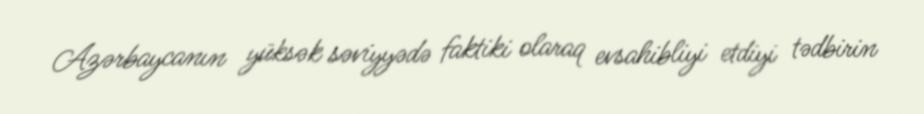
Azərbaycanın yüksək səviyyədə faktiki olaraq evsahibliyi etdiyi tədbirin